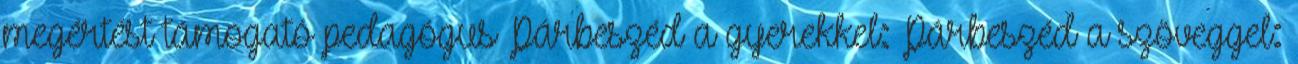
megértést támogató pedagógus Párbeszéd a gyerekkel: Párbeszéd a szöveggel: